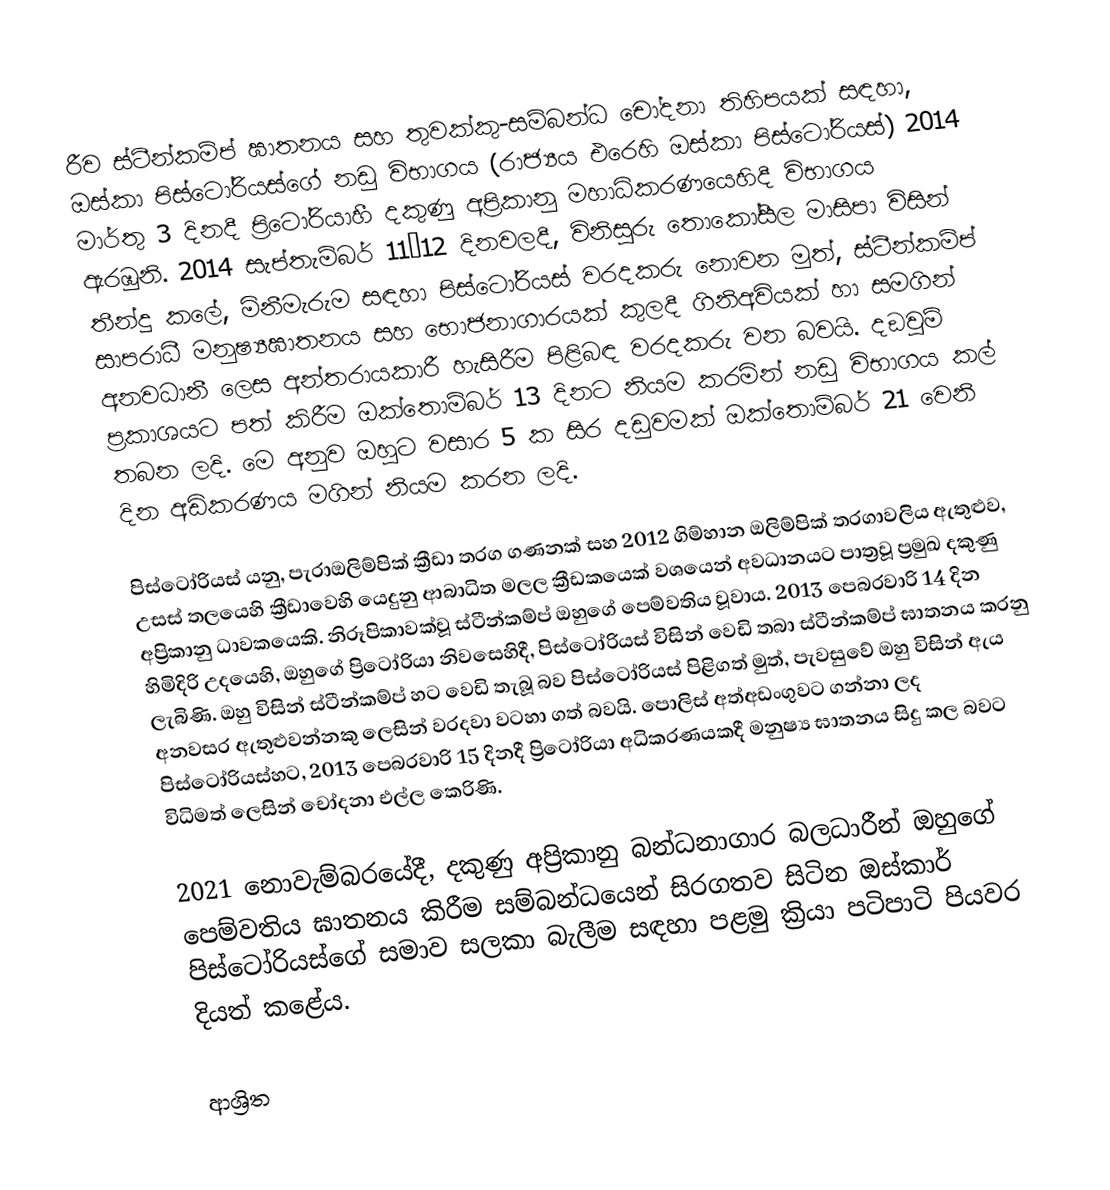
රීව ස්ටීන්කම්ප් ඝාතනය සහ තුවක්කු-සම්බන්ධ චෝදනා තිහිපයක් සඳහා, ඔස්කා පිස්ටෝරියස්ගේ නඩු විභාගය (රාජ්‍යය එරෙහි ඔස්කා පිස්ටෝරියස්) 2014 මාර්තු 3 දිනදී  ප්‍රිටෝරියාහී දකුණු අප්‍රිකානු මහාධිකරණයෙහිදී විභාගය ඇරඹුනි. 2014 සැප්තැම්බර් 11–12 දිනවලදී, විනිසුරු තොකෝසීල මාසිපා විසින් තීන්දු කලේ, මිනීමැරුම සඳහා පිස්ටෝරියස් වරදකරු නොවන මුත්, ස්ටීන්කම්ප් සාපරාධී මනුෂ්‍යඝාතනය සහ භොජනාගාරයක් කුලදී ගිනිඅවියක් හා සමගින් අනවධානී ලෙස අන්තරායකාරී හැසිරීම  පිළිබඳ වරදකරු වන බවයි.  දඞුවම් ප්‍රකාශයට පත් කිරීම ඔක්තොම්බර් 13 දිනට නියම කරමින් නඩු විභාගය කල් තබන ලදි. මෙ අනුව ඔහුට වසාර 5 ක සිර දඩුවමක් ඔක්තොම්බර්  21 වෙනි දින අඩිකරණය මගින් නියම කරන ලදි.

පිස්ටෝරියස් යනු,  පැරාඔලිම්පික් ක්‍රීඩා තරග ගණනක් සහ 2012 ගිම්හාන ඔලිම්පික් තරගාවලිය ඇතුළුව, උසස් තලයෙහි ක්‍රීඩාවෙහි  යෙදුනු ආබාධිත මලල ක්‍රීඩකයෙක් වශයෙන් අවධානයට පාත්‍රවූ ප්‍රමුඛ දකුණු අප්‍රිකානු ධාවකයෙකි. නිරූපිකාවක්වූ ස්ටීන්කම්ප් ඔහුගේ පෙම්වතිය වූවාය. 2013 පෙබරවාරි 14 දින හිමිදිරි උදයෙහි, ඔහුගේ ප්‍රිටෝරියා නිවසෙහිදී, පිස්ටෝරියස් විසින් වෙඩි තබා ස්ටීන්කම්ප් ඝාතනය කරනු ලැබිණි. ඔහු විසින් ස්ටීන්කම්ප් හට වෙඩි තැබූ බව පිස්ටෝරියස් පිළිගත් මුත්, පැවසුවේ ඔහු විසින් ඇය අනවසර ඇතුළුවන්නකු ලෙසින් වරදවා වටහා ගත් බවයි. පොලිස් අත්අඩංගුවට ගන්නා ලද පිස්ටෝරියස්හට, 2013 පෙබරවාරි 15 දිනදී ප්‍රිටෝරියා අධිකරණයකදී මනුෂ්‍ය ඝාතනය සිදු කල බවට විධිමත් ලෙසින් චෝදනා එල්ල කෙරිණි.

2021 නොවැම්බරයේදී, දකුණු අප්‍රිකානු බන්ධනාගාර බලධාරීන් ඔහුගේ පෙම්වතිය ඝාතනය කිරීම සම්බන්ධයෙන් සිරගතව සිටින ඔස්කාර් පිස්ටෝරියස්ගේ සමාව සලකා බැලීම සඳහා පළමු ක්‍රියා පටිපාටි පියවර දියත් කළේය.

ආශ්‍රිත